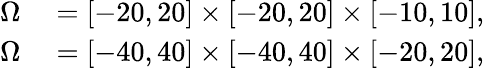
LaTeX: \begin{array}{rl}{\Omega}&{{}=[-20,20]\times[-20,20]\times[-10,10],}\\ {\Omega}&{{}=[-40,40]\times[-40,40]\times[-20,20],}\end{array}